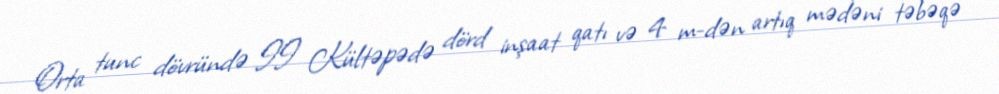
Orta tunc dövründə II Kültəpədə dörd inşaat qatı və 4 m-dən artıq mədəni təbəqə